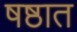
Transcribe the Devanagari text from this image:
षष्ठात